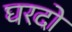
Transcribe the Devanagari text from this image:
घरदो